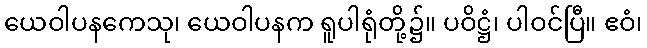
ယေဝါပနကေသု၊ ယေဝါပနက ရူပါရုံတို့၌။ ပဝိဋ္ဌံ၊ ပါဝင်ပြီ။ ဧဝံ၊